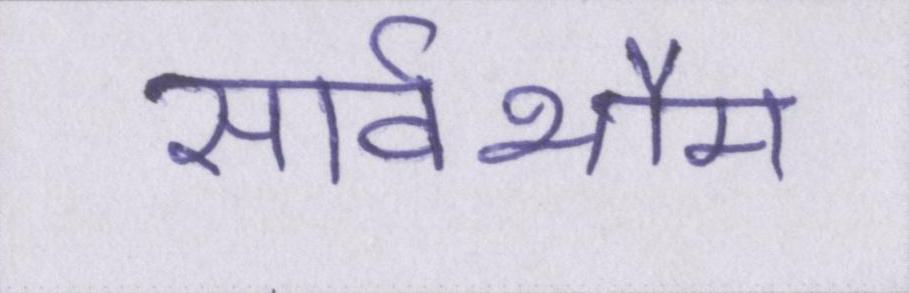
सार्वभौम